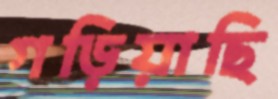
গড়িয়াছি